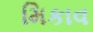
મિકાવ